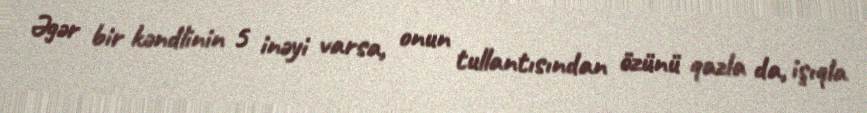
Əgər bir kəndlinin 5 inəyi varsa, onun tullantısından özünü qazla da, işıqla